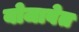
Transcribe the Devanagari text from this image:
योजावेत